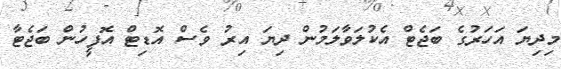
މިދިޔަ އަހަރުގެ ބަޖެޓް އެކުލަވާލަމުން ދިޔަ އިރު ވެސް އޮޑިޓް އޮފީހުން ބަޖެޓާ